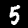
Digit: 5